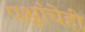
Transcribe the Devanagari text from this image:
पक्षांचेही